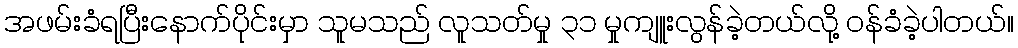
အဖမ်းခံရပြီးနောက်ပိုင်းမှာ သူမသည် လူသတ်မှု ၃၁ မှုကျူးလွန်ခဲ့တယ်လို့ ဝန်ခံခဲ့ပါတယ်။